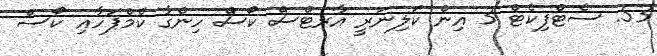
53. ސެޓްފިކެޓް 3 އިން ކަލިނަރީ އާރޓްސް ކޯސް ހިންގާ ކެމްޕަހާއި ކޯސް